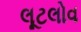
લૂટલોવ